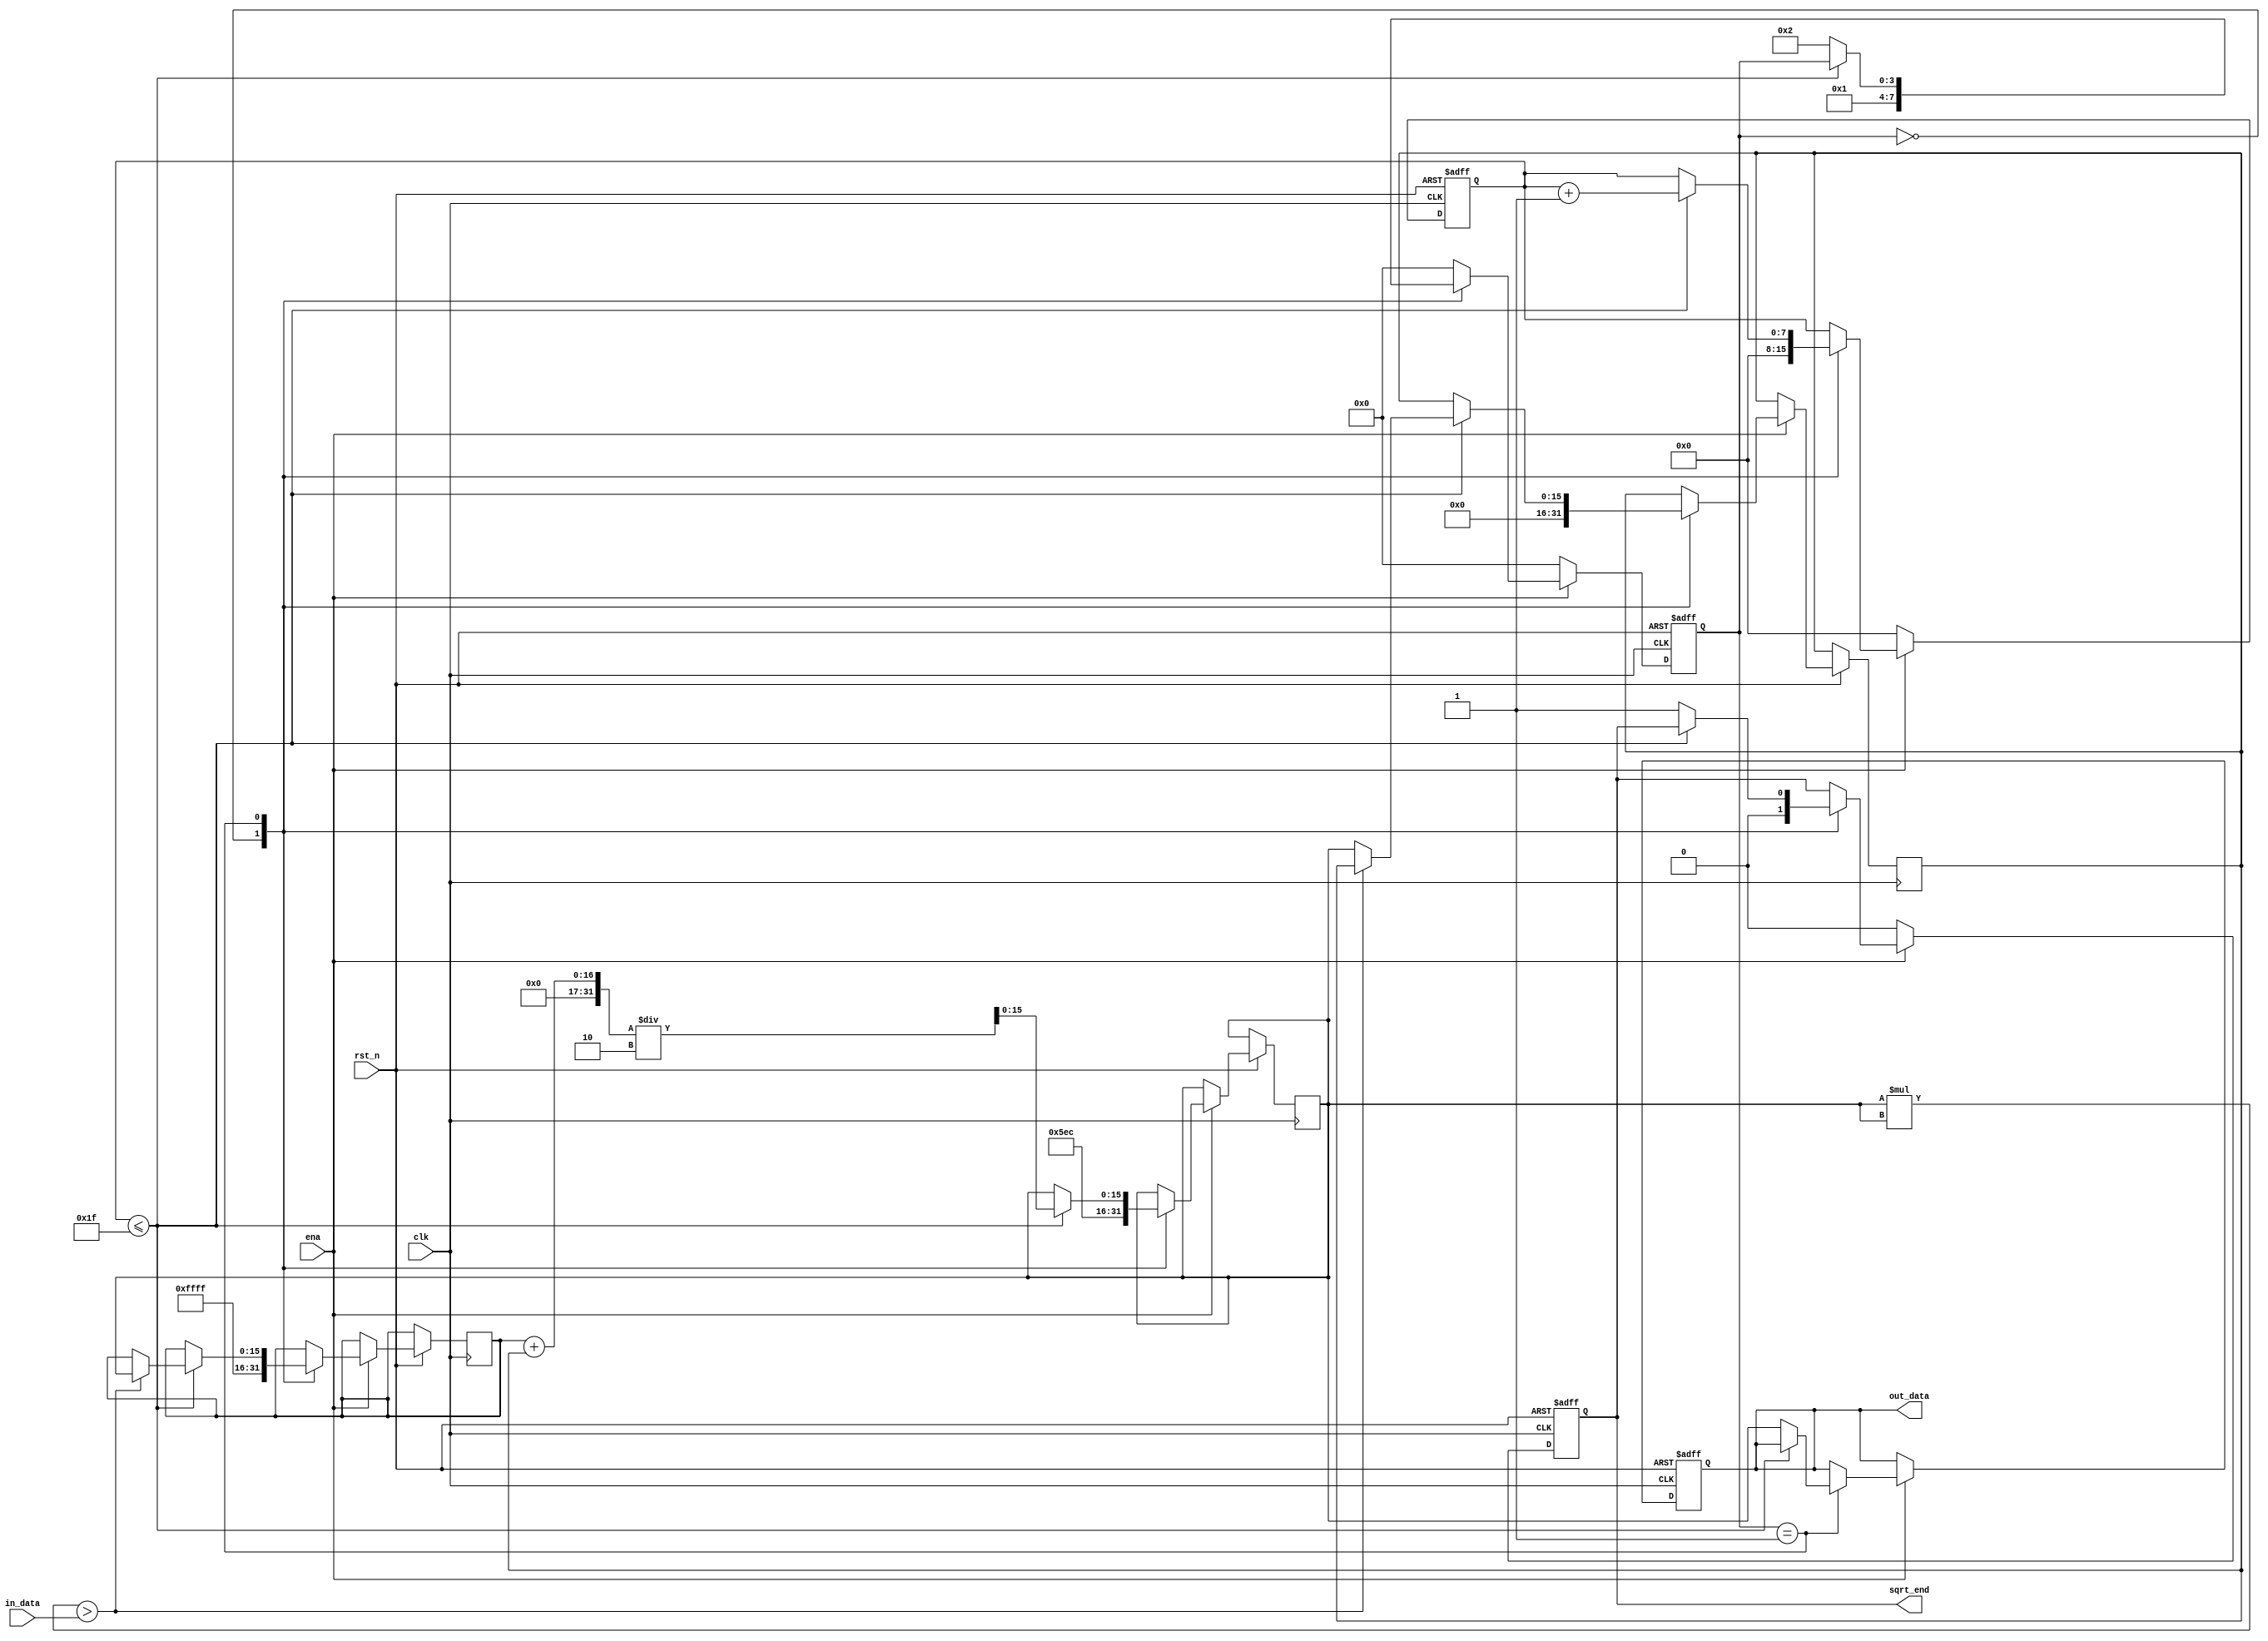
//
module sqrt#(
    parameter TIMES = 31
)
(
     input                      clk
    ,input                      rst_n
    ,input                      ena
    ,input wire [26- 1: 0]      in_data
    ,output reg [16- 1: 0]      out_data
    ,output reg                 sqrt_end
)/* synthesis syn_preserve = 1 */ /* synthesis syn_keep=1 */;

reg [8 - 1: 0] cnt;          //iteration counter
reg [16- 1: 0] h_tempdata;   //data used in the iteration
reg [16- 1: 0] l_tempdata;   //data used in the iteration
reg [16- 1: 0] tempdata;     //data used in the iteration
reg [4 - 1: 0] state;

always @(posedge clk or negedge rst_n)begin
    if (!rst_n) begin
        sqrt_end <= 1'b0;
        state <= 4'b0;
        cnt <= 8'b0;
        out_data <= 16'b0;
    end else if (ena) begin
        case(state)
            0: begin 
                state <= 4'b1;
                cnt <= 8'b0;
                h_tempdata <= 16'd65535;          //begining high data    
                l_tempdata <= 16'b0;              //begining low data   
                tempdata <= 1516;                 //begining mid data random
                sqrt_end <= 0;                    //the flag of caculation
            end
            1: begin
                if(cnt <= TIMES)begin                     //Less than the max iteration times
                    cnt <= cnt + 1'b1;
                    if(tempdata*tempdata > in_data)begin  //tempdata>target     =>    tempdata>target>l_tempdata
                        h_tempdata <= tempdata;           
                    end
                    else begin
                        l_tempdata <= tempdata;           //tempdata<target     =>    tempdata<target<h_tempdata
                    end
                    tempdata <= (h_tempdata + l_tempdata) / 'd2; //l_tempdatah_tempdata
                end
                else begin
                    state <= 2;                            //arrive the max iteration times
                    out_data <= tempdata;
                    sqrt_end <= 1;                         //caculation ends
                end
            end
            2: begin
                state <= 0;                               //reset
            end
            default: state <= 0;
        endcase
    end else begin
        sqrt_end <= 1'b0;
        state <= 4'b0;
        cnt <= 8'b0;
        out_data <= out_data;
    end
end
endmodule